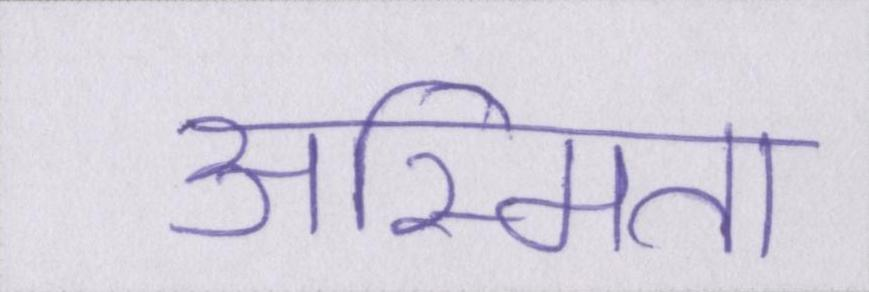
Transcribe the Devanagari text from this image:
अस्मिता